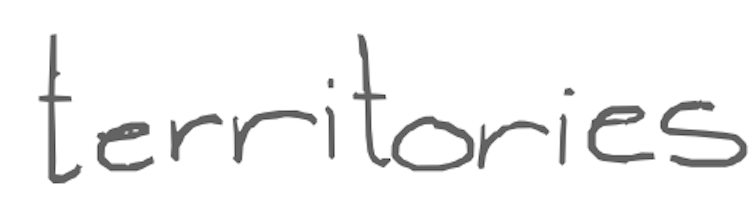
Text: territories
Cross-out: clean
Writing tool: digital_gray